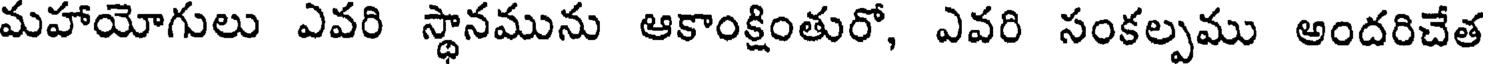
మహాయోగులు ఎవరి స్థానమును ఆకాంక్షింతురో, ఎవరి సంకల్పము అందరిచేత